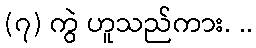
(၇) ကွဲ ဟူသည်ကား. ..